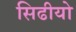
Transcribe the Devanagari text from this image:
सिढीयो